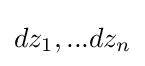
dz_{1},...dz_{n}